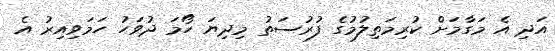
އަދި އެ މަގާމަށް ކުރިމަތިލުމުގެ ފުރުސަތު މިދިޔަ ހޯމަ ދުވަހު ހަމަވިއިރު އެ